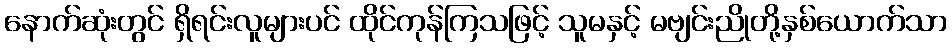
နောက်ဆုံးတွင် ရှိရင်းလူများပင် ထိုင်ကုန်ကြသဖြင့် သူမနှင့် မဗျင်းညိုတို့နှစ်ယောက်သာ